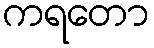
ကရတော